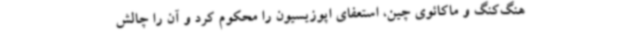
هنگ‌کنگ و ماکائوی چین، استعفای اپوزیسیون را محکوم کرد و آن را چالش